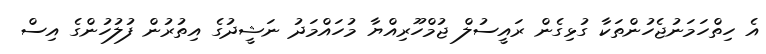
އެ ހިތްހަމަނުޖެހުންތަކާ ގުޅިގެން ރައީސުލް ޖުމްހޫރިއްޔާ މުހައްމަދު ނަޝީދުގެ އިތުރުން ފުލުހުންގެ އިސް